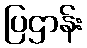
ပြဌာန်း